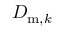
D _ { \mathrm { m } , k }